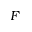
F